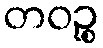
တဝဉ္စ